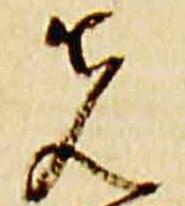
先